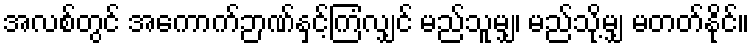
အလစ်တွင် အကောက်ဉာဏ်နှင့်ကြံလျှင် မည်သူမျှ၊ မည်သို့မျှ မတတ်နိုင်။